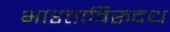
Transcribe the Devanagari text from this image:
भारताविरुदध